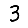
Digit: 3